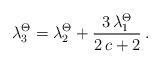
LaTeX: \begin{align*}\lambda_3^\Theta = \lambda_2^\Theta + \frac{3 \, \lambda_1^\Theta}{2\,c+2} \:.\end{align*}